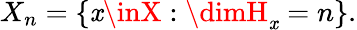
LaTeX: X_{n}=\{ \mathit{x}\inX:\dimH_{\mathit{x}}=n\} .